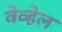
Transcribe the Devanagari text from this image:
वेव्हेल